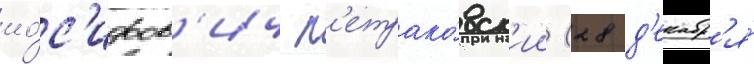
ио́с'ифов'ич п'етрако́вск'ии (28 д'екабр'я́